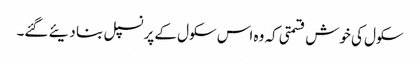
سکول کی خوش قسمتی کہ وہ اس سکول کے پرنسپل بنا دیئے گئے۔